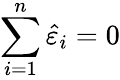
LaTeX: \sum_{i=1}^{n}{\hat{\varepsilon}}_{i}=0